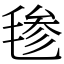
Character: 毶